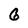
Character: G